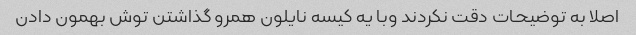
اصلا به توضیحات دقت نکردند وبا یه کیسه نایلون همرو گذاشتن توش بهمون دادن